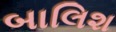
બાલિશ